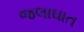
જલાઘાત